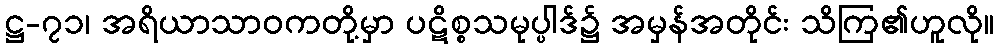
ဋ္ဌ-၇၁၊ အရိယာသာဝကတို့မှာ ပဋိစ္စသမုပ္ပါဒ်၌ အမှန်အတိုင်း သိကြ၏ဟူလို။